Source: Handwritten
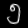
Digit: ၅ (5)